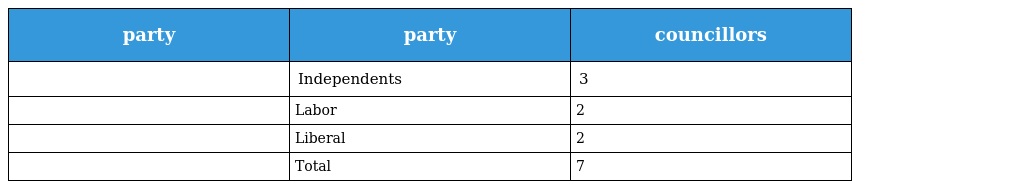
| party | party | councillors |
 | --- | --- | --- |
 |  | Independents | 3 |
 |  | Labor | 2 |
 |  | Liberal | 2 |
 |  | Total | 7 |